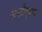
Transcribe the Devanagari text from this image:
सर्वोत्कॄष्ठ